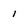
Character: 1